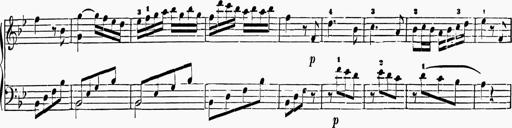
Title: 6 Sonatas
Composer: Muzio Clementi